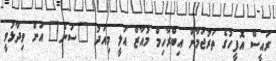
ރައީސް އޮފީހުގެ ތަރުޖަމާން އިބްރާހިމް މުއާޒް އަލީ މިއަދު "ސަން" އަށް ވިދާޅުވީ